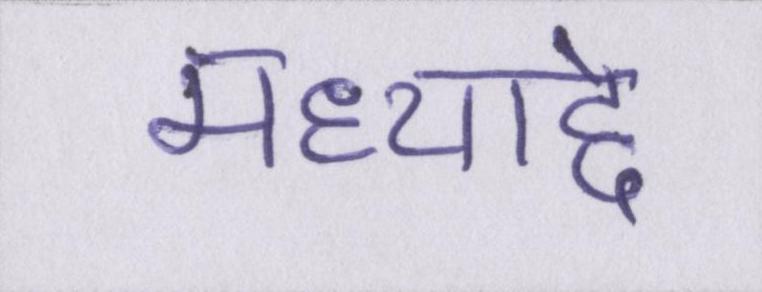
मध्याद्दे